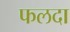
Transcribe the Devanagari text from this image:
फलदा